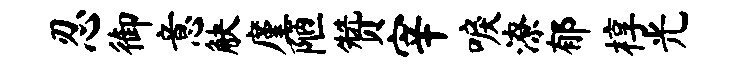
忍御意觖廑陋赞宰唳潦郁椁光